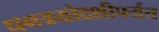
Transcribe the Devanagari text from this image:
धनत्रयोदशीपर्यंत